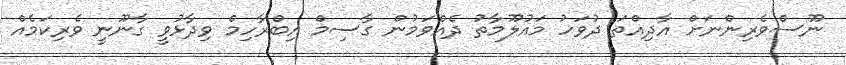
ނޫސްވެރިންނަށް އާދިއްތަ ދުވަހު މައުލޫމާތު ދެއްވަމުން ގާސިމް އިބްރާހިމް ވިދާޅުވީ ގާނޫނީ ވެރިކަމެއް